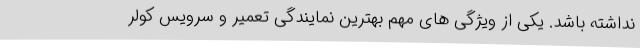
نداشته باشد. یکی از ویژگی های مهم بهترین نمایندگی تعمیر و سرویس کولر